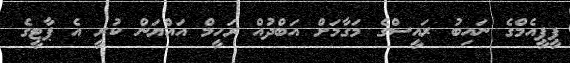
ޕީޕީއެމްގެ ނައިބު ރައީސްގެ މަގާމަށް އަބްދުއް ރަހީމް އައްޔަން ކުރީ އެ ޕާޓީގެ